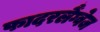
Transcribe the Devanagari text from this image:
फादरलैंग्वेज